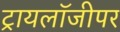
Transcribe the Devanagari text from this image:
ट्रायलॉजीपर